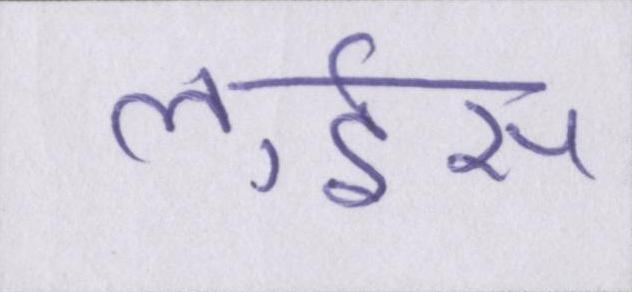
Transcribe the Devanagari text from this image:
लुईस